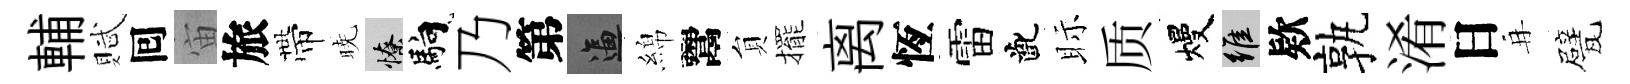
輔賦囘宙旅帶暁憭馿乃第逼綿鬻貟擺离恆雷齔眎质熳維欵孰淆日再甓